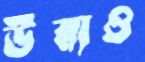
উঁরাও